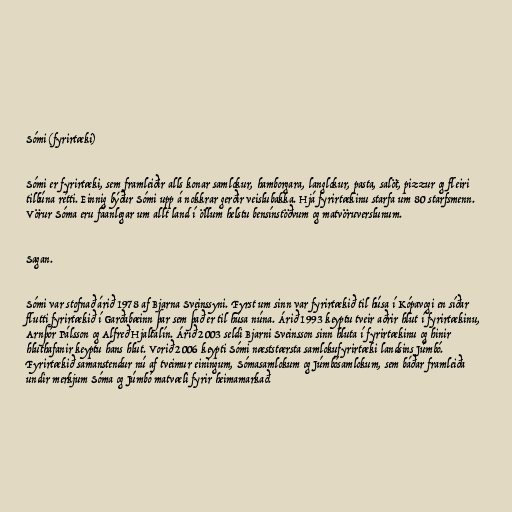
Sómi (fyrirtæki)

Sómi er fyrirtæki, sem framleiðir alls konar samlokur, hamborgara, langlokur, pasta, salöt, pizzur og fleiri
tilbúna rétti. Einnig býður Sómi upp á nokkrar gerðir veislubakka. Hjá fyrirtækinu starfa um 80 starfsmenn.
Vörur Sóma eru fáanlegar um allt land í öllum helstu bensínstöðvum og matvöruverslunum.

Sagan.

Sómi var stofnað árið 1978 af Bjarna Sveinssyni. Fyrst um sinn var fyrirtækið til húsa í Kópavogi en síðar
flutti fyrirtækið í Garðabæinn þar sem það er til húsa núna. Árið 1993 keyptu tveir aðrir hlut í fyrirtækinu,
Arnþór Pálsson og Alfreð Hjaltalín. Árið 2003 seldi Bjarni Sveinsson sinn hluta í fyrirtækinu og hinir
hluthafanir keyptu hans hlut. Vorið 2006 keypti Sómi næststærsta samlokufyrirtæki landsins Júmbó.
Fyrirtækið samanstendur nú af tveimur einingum, Sómasamlokum og Júmbósamlokum, sem báðar framleiða
undir merkjum Sóma og Júmbó matvæli fyrir heimamarkað.